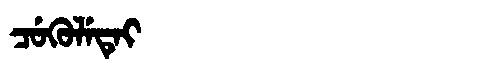
Manchu: ᠴᡠᡴᡠᠯᡝᡨᡝᡳ
Romanization: CUKULETEI